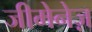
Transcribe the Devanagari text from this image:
जीमेनेज़